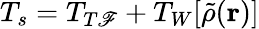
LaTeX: T_{s}=T_{T\mathscr{F}}+T_{W}[\tilde{{\rho}}(\mathbf{{r}})]